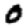
Digit: 0